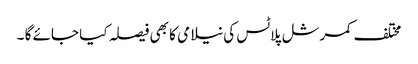
مختلف کمرشل پلاٹس کی نیلامی کا بھی فیصلہ کیا جائے گا ۔